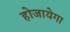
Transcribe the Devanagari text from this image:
होजायेगा